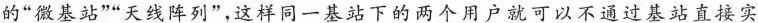
的”微基站””天线阵列”，这样同一基站下的两个用户就可以不通过基站直接实